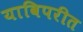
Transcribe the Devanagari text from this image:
याविपरीत